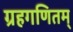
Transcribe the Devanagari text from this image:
ग्रहगणितम्